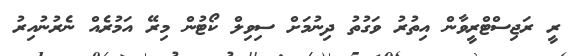
ރީ ރަޖިސްޓްރީވާން އިތުރު ވަގުތު ދިނުމަށް ސިވިލް ކޯޓުން މިރޭ އަމުރެއް ނެރުނުއިރު